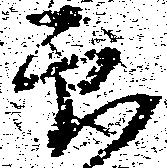
印